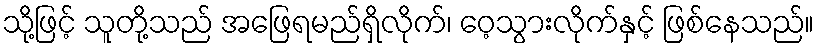
သို့ဖြင့် သူတို့သည် အဖြေရမည်ရှိလိုက်၊ ဝေ့သွားလိုက်နှင့် ဖြစ်နေသည်။